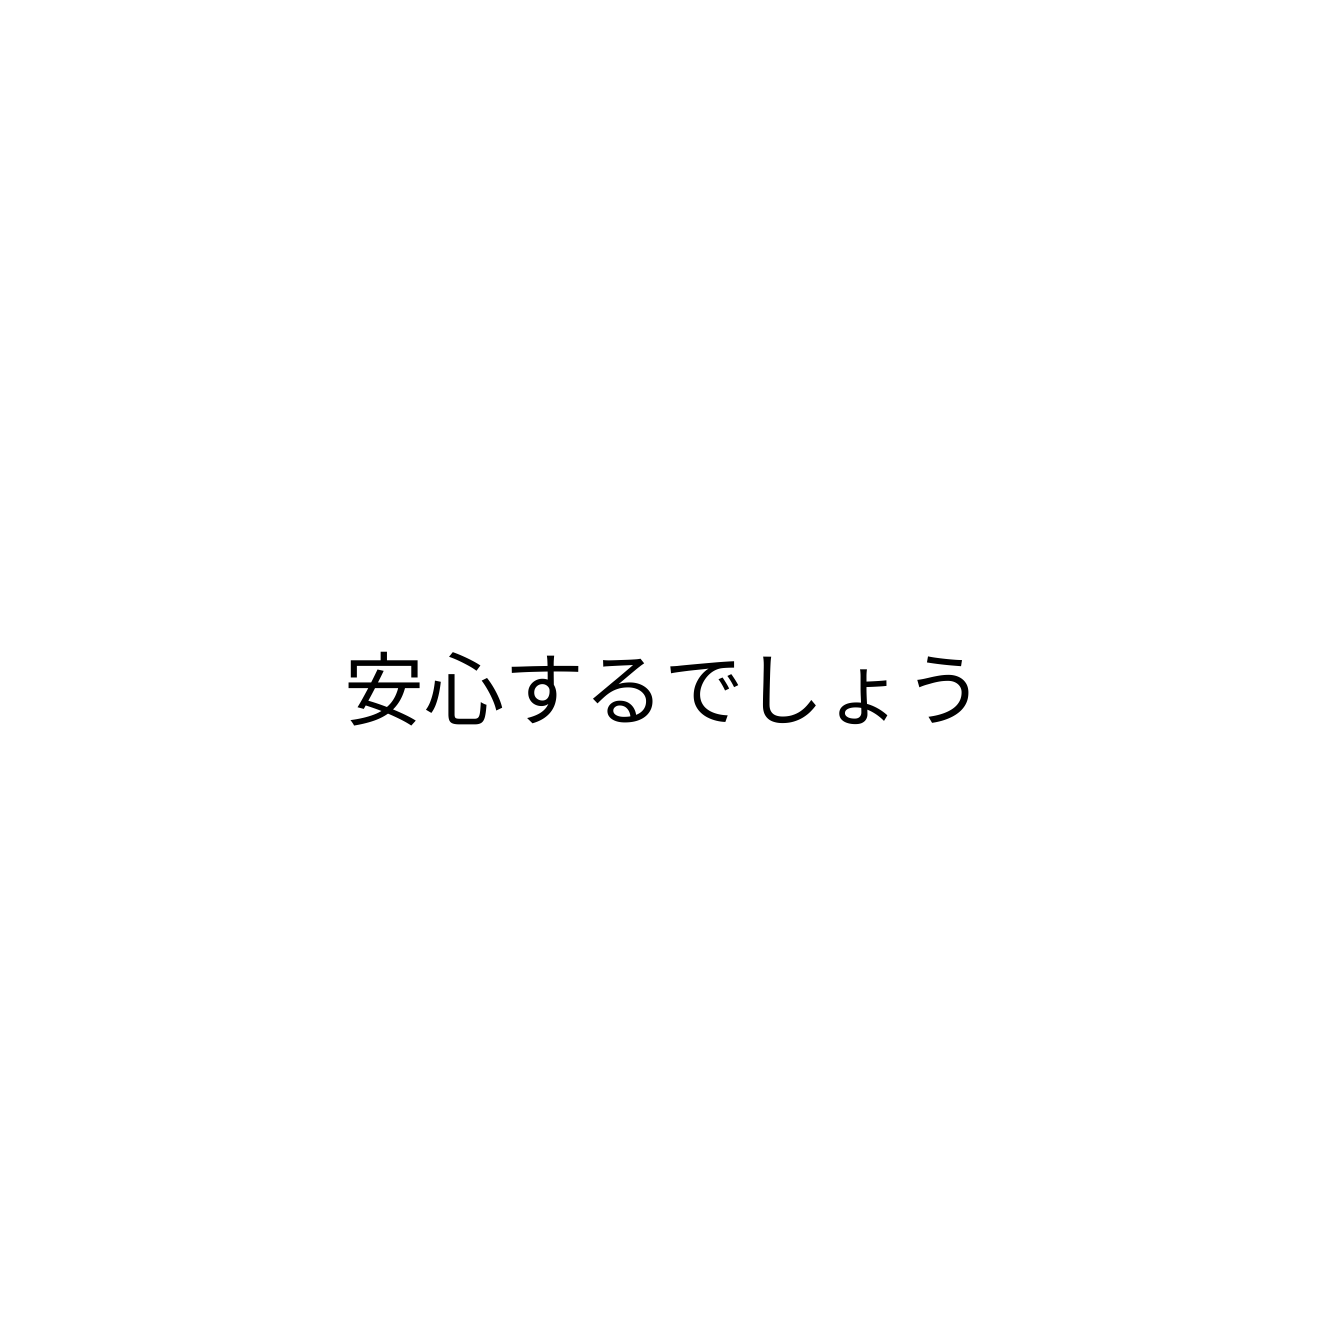
安心するでしょう